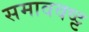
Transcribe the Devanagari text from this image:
समाववष्ट्ट